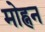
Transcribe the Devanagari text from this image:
मोह्नन